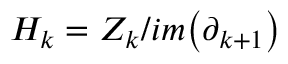
H _ { k } = Z _ { k } / i m \big ( \partial _ { k + 1 } \big )